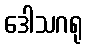
ဒေါသဂရု